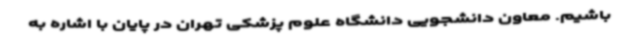
باشیم. معاون دانشجویی دانشگاه علوم پزشکی تهران در پایان با اشاره به